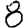
Digit: 8